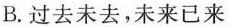
B.过去未去，未来已来